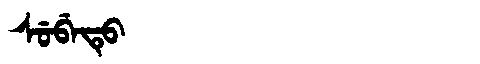
Manchu: ᠰᡠᠪᡝᡨᡠ
Romanization: SUBETU